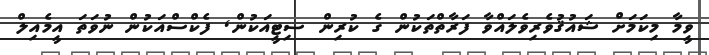
ވީމާ މިކަމަށް ޝައުޤުވެރިވެލައްވާ ފަރާތްތަކުން ގެ ކުރިން ސިޓީއަކުން